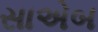
સાએબ